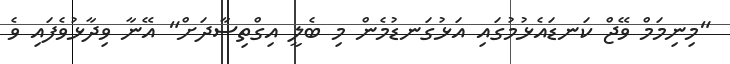
"މިނިމަމް ވޭޖް ކަނޑައެޅުމުގައި އަޅުގަނޑުމެން މި ބެލީ އިގްތިސާދަށް" އޭނާ ވިދާޅުވެފައި ވެ